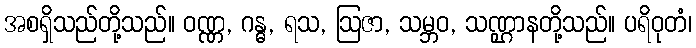
အစရှိသည်တို့သည်။ ဝဏ္ဏ, ဂန္ဓ, ရသ, ဩဇာ, သမ္ဘဝ, သဏ္ဌာနတို့သည်။ ပရိဝုတံ၊